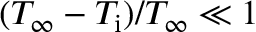
( T _ { \infty } - T _ { \mathrm { i } } ) / T _ { \infty } \ll 1